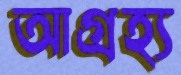
আগ্রহ্য